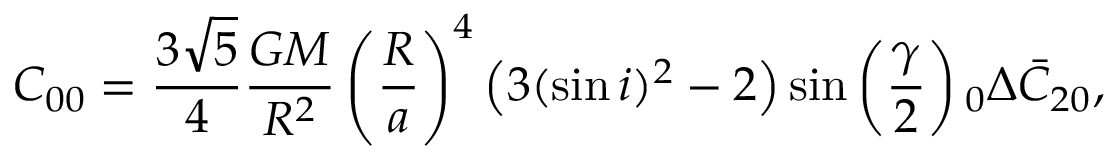
C _ { 0 0 } = \frac { 3 \sqrt { 5 } } { 4 } \frac { G M } { R ^ { 2 } } \left( \frac { R } { a } \right) ^ { 4 } \left( 3 ( \sin i ) ^ { 2 } - 2 \right) \sin \left( \frac { \gamma } { 2 } \right) \phantom { } _ { 0 } \Delta \bar { C } _ { 2 0 } ,